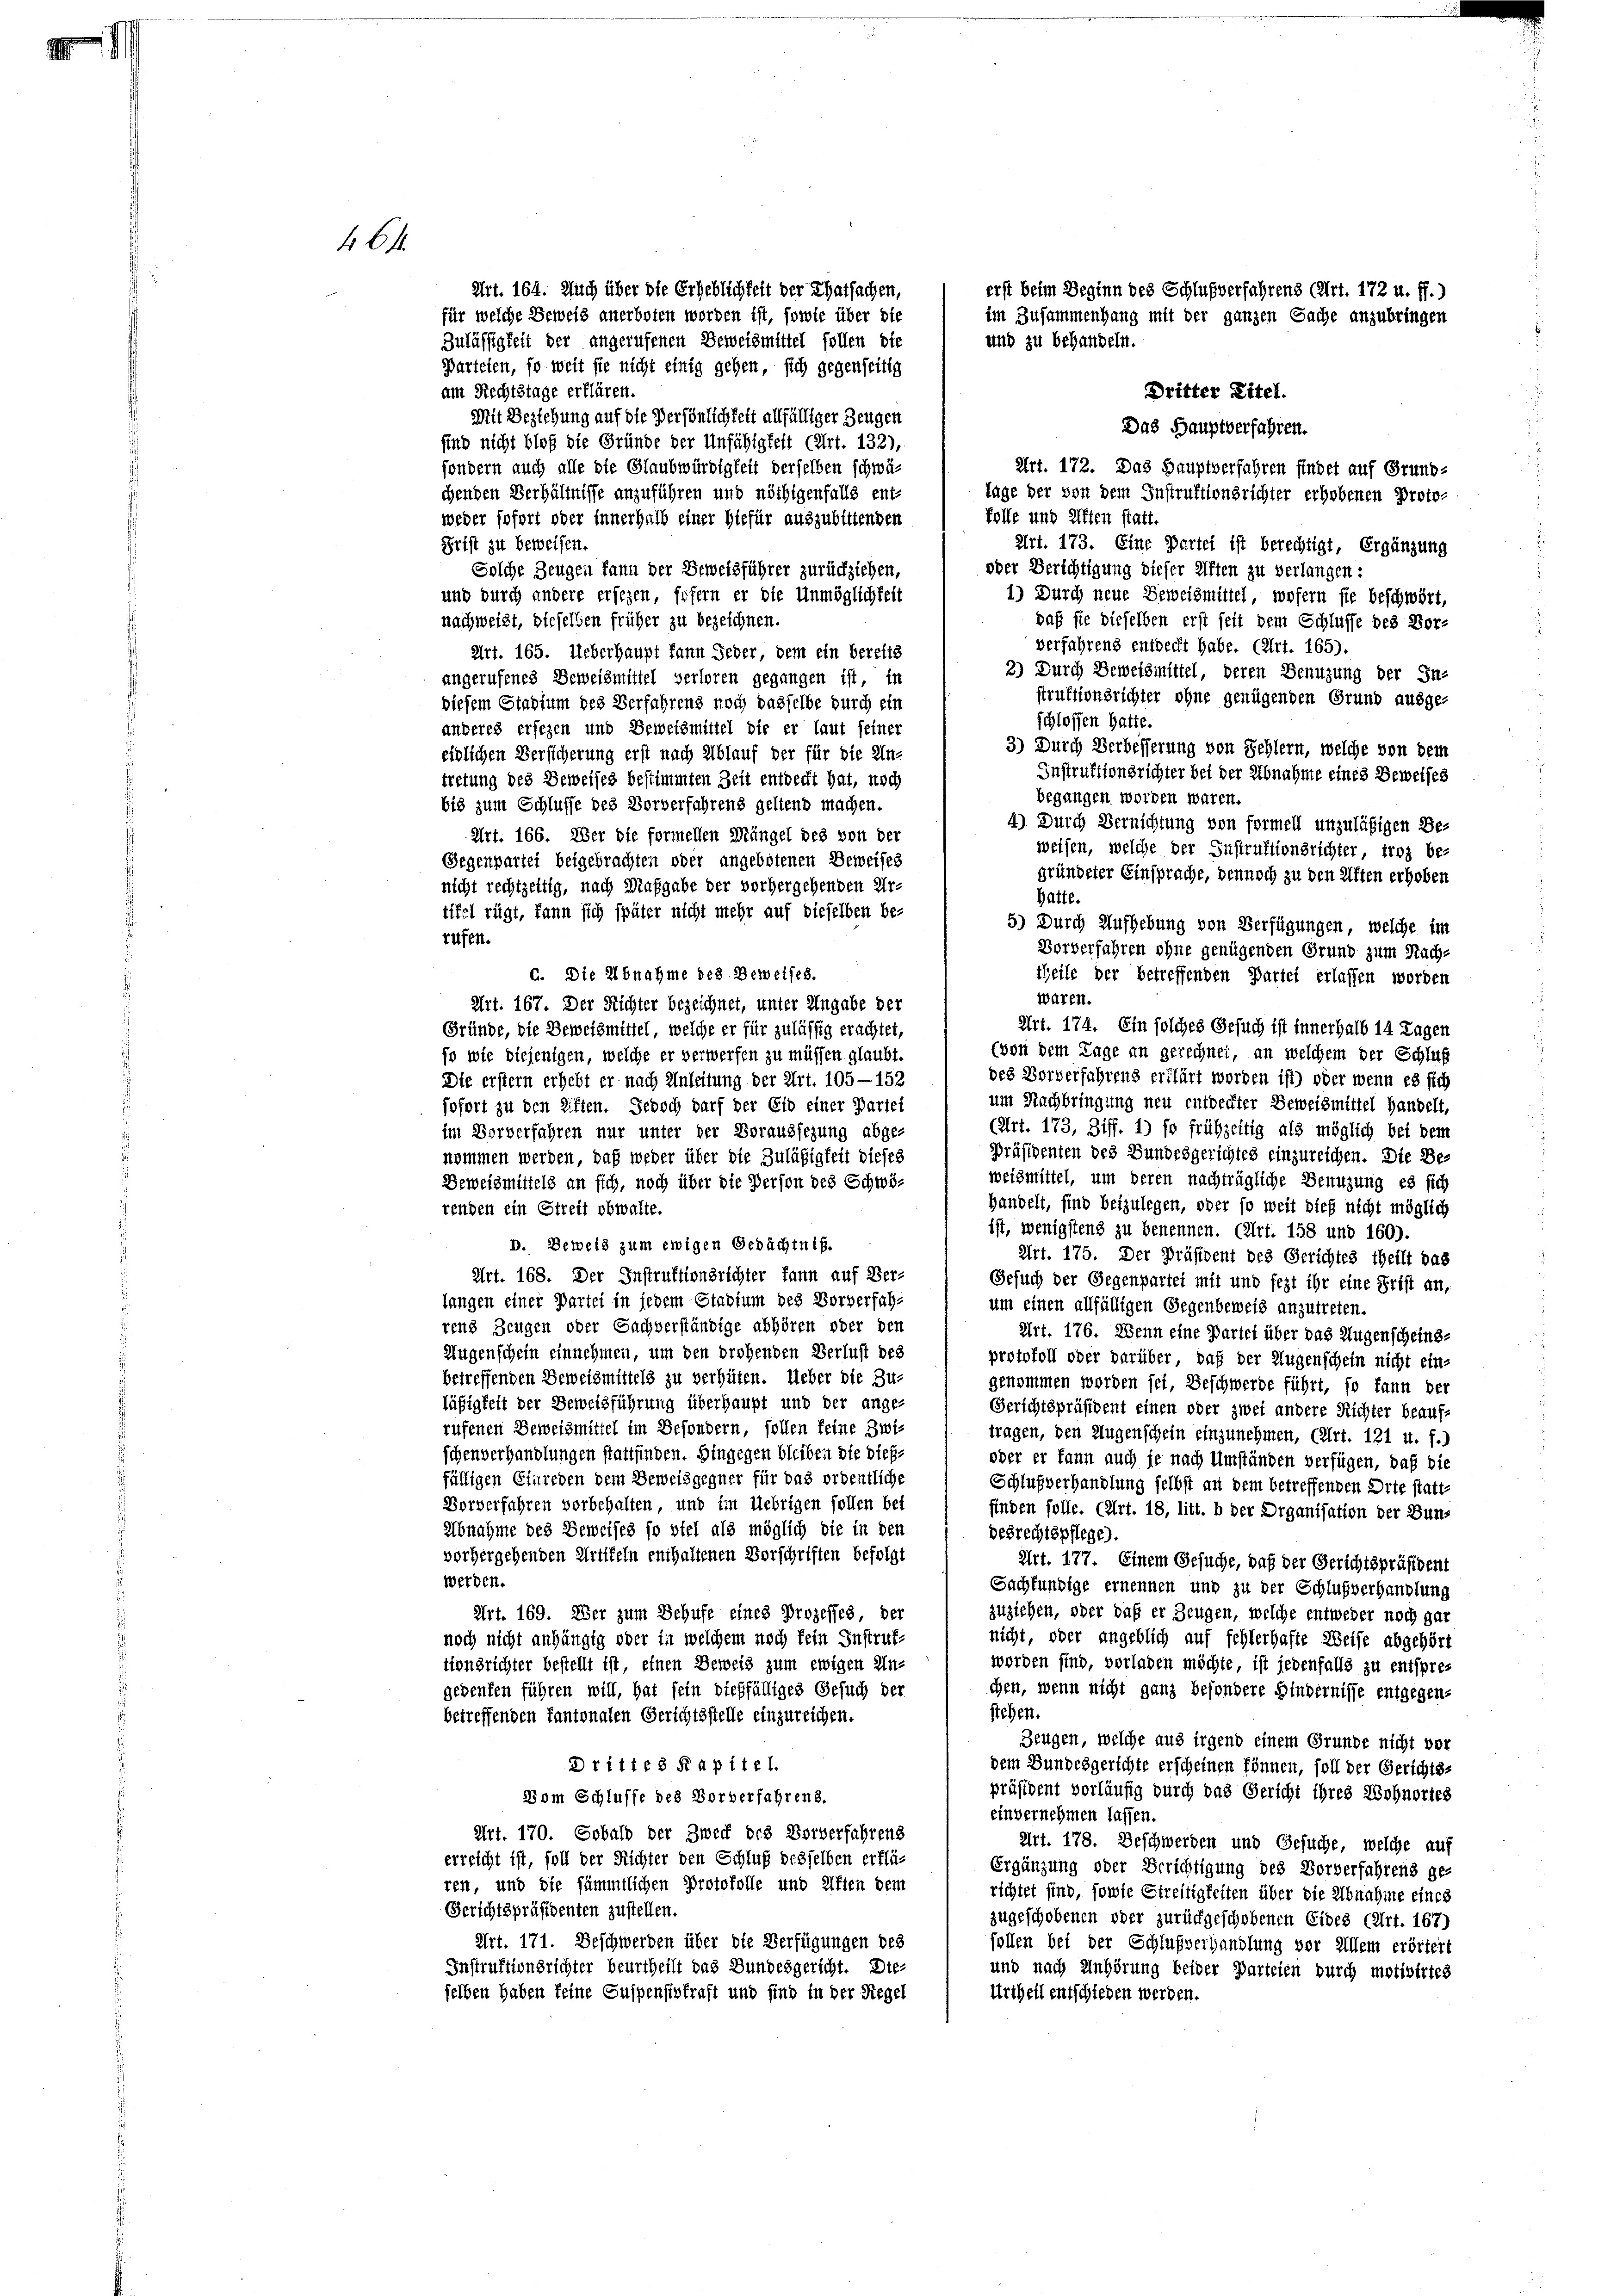
461.

Art. 164. Auch über die Erheblichkeit der Thatsachen,
für welche Beweis anerboten worden ist, sowie über die
Zulässigkeit der angerufenen Beweismittel sollen die
Parteien, so weit sie nicht einig gehen, sich gegenseitig
am Rechtstage erklären.
Mit Beziehung auf die Persönlichkeit allfälliger Zeugen
sind nicht bloß die Gründe der Unfähigkeit (Art. 132),
sondern auch alle die Glaubwürdigkeit derselben schwä-
chenden Verhältnisse anzuführen und nöthigenfalls ent-
Folle und elften statt.
weder sofort oder innerhalb einer Hiefür auszubittenden
Prist zu beweisen.
Art. 173. Eine Partel ist berechtigt, Ergänzung
oder Berichtigung dieser Giften zu verlangen:
Solche Zeugen kann der Beweisführer zurückziehen,
1) Durch neue Beweismittel, wofern sie beschwört,
und durch andere ersezen, sofern er die Unmöglichkeit
daß sie dieselben erst seit dem Schlusse des Bornachweist, dieselben früher zu bezeichnen.
verfahrens entdeckt habe. (Art. 165).
Art. 165. Ueberhaupt kann Jeder, dem ein bereits
2.) Durch Beweismittel, deren Benuzung der In-
angerufenes Beweismittel verloren gegangen ist, in
struktionsrichter ohne genügenden Grund ausge-
diesem Stadium des Verfahrens noch dasfelbe durch ein
schlossen hatte.
anderes ersezen und Beweismittel die er laut seiner
3) Durch Verbesserung von Schlern, welche von dem
eidlichen Versicherung erst nach Ablauf der für die An-
Instruktionsrichter bei der Abnahme eines Beweises
tretung des Beweises bestimmten Zeit entdeckt hat, noch
begangen worden waren.
bis zum Schlusse des Vorverfahrens geltend machen.
4) Durch Vernichtung von formell unzuläßigen Be-
Art. 166. Der die formellen Mängel des von der
weisen, welche der Instruktionsrichter, troz be-
Gegenpartet beigebrachten oder angebotenen Beweises
gründeter Einsprache, dennoch zu den Kiften erhoben
nicht rechtzeitig, nach Maßgabe der vorhergehenden Ur-
hatte.
tifel rügt, kann sich später nicht mehr auf dieselben be-
5.) Durch Aufhebung von Verfügungen, welche im
rufen.
Vorverfahren ohne genügenden Grund zum Nach-
G. Die Abnahme des Beweises.
theile der betreffenden Partei erlassen worden
waren.
Art. 167. Der Richter bezeichnet, unter Ungabe der
Art. 174. Ein solches Gesuch ist innerhalb 14 Tagen
Gründe, die Beweismittel, welche er für zulässig erachtet,
(von dem Tage an gerechnet, an welchem der Schluß
so wie diejenigen, welche er verwerfen zu müssen glaubt.
des Vorverfahrens erklärt worden ist) oder wenn es sich
Die erstern erhebt er nach Anleitung der Art. 105—152
um Nachbringung neu entdeckter Beweismittel handelt,
sofort zu den Litten. Jedoch darf der Eid einer Partei
(Art. 173, Ziff. 1) so frühzeitig als möglich bei dem
im Vorverfahren nur unter der Voraussezung abge-
Präsidenten des Bundesgerichtes einzureichen. Die Be-
nommen werden, daß weder über die Zuläßigkeit dieses
weismittel, um deren nachträgliche Benuzung es sich
Beweismittels an sich, noch über die Person des Schwy¬
Handelt, sind beizulegen, oder so weit dieß nicht möglich
renden ein Streit obwalte.
ist, wenigstens zu benennen. (Art. 158 und 160).
D. Beweis zum ewigen Gedächtniß.
Art. 175. Der Präsident des Gerichtes theilt das
Art. 168. Der Instruktionsrichter kann auf Ver-
Gesuch der Gegenpartei mit und fest ihr eine Frist an,
langen einer Partei in jedem Stadium des Vorverfah-
um einen allfälligen Gegenbeweis anzutreten.
rend Zeugen oder Sachverständige abhören oder den
Art. 176. Wenn eine Partei über das Augenscheins¬
Augenschein einnehmen, um den prohenden Verlust des
protokoll oder darüber, daß der Augenschein nicht ein-
betreffenden Beweismittels zu verhüten. Ueber die Zu-
gekommen worden sei, Beschwerde führt, so kann der
läßigkeit der Beweisführung überhaupt und der ange-
Gerichtspräsident einen oder zwei andere Richter beaufrufenen Beweismittel im Besondern, sollen keine Zwitragen, den Augenschein einzunehmen, (Art. 121 u. f.)
schenverhandlungen stattfinden. Hingegen bleiben die dieß¬
oder er kann auch je nach Umständen verfügen, daß die
fälligen Einreden dem Beweisgegner für das ordentliche
Schlußverhandlung selbst an dem betreffenden Orte statt-
Vorverfahren vorbehalten, und im Uebrigen sollen bei
finden solle. (Art. 18, litt. b der Organisation der Bun¬
Abnahme des Beweises so viel als möglich die in den
desrechtspflege).
vorhergehenden Greifeln enthaltenen Vorschriften befolgt
Art. 177. Einem Gesuche, daß der Gerichtspräsident
werden.
Sachkundige ernennen und zu der Schlußverhandlung
zuziehen, oder daß er Zeugen, welche entweder noch gar
Art. 169. Der zum Behufe eines Prozesses der
nicht, oder angeblich auf fehlerhafte Weise abgehört
noch nicht anhängig oder in welchem noch fein Instrukworden sind, verladen möchte, ist jedenfalls zu entspretionsrichter bestellt ist, einen Beweis zum ewigen Un-
chen, wenn nicht ganz besondere Hindernisse entgegen-
gedenken führen will, hat sein dießfälliges Gesuch der
stehen.
betreffenden Kantonalen Gerichtsstelle einzureichen.
Zeugen, welche aus irgend einem Grunde nicht vor
Drittes Kapitel.
dem Bundesgerichte erscheinen können, soll der Gerichts-
präsident vorläufig durch das Gericht ihres Wohnortes
Vom Schlusse des Vorberfahrens.
einvernehmen lassen.
Art. 170. Sobald der Zweck des Vorverfahrens
Art. 178. Beschwerden und Gesuche, welche auf
erreicht ist, soll der Richter den Schluß desselben erklä¬
Ergänzung oder Berichtigung des Vorverfahrens ge-
ren, und die sämmtlichen Protokolle und Alften dem
richtet sind, sowie Streitigkeiten über die Abnahme eines
Gerichtspräsidenten zustellen.
zugeschobenen oder zurückgeschobenen Eides (Art. 167)
Art. 171. Beschwerden über die Verfügungen des
sollen bei der Schlußverhandlung vor Allem erörtert
Instruktionsrichter beurtheilt das Bundesgericht. Die-
und nach Anhörung beider Parteien durch motivirtes
selben haben keine Suspensivkraft und sind in der Riegel
Urtheil entschieden werden.

erst beim Beginn des Schlußverfahrens (Art. 172 u. ff.)
im Zusammenhang mit der ganzen Sache anzubringen
und zu behandeln.
Dritter Zitel.
Das Hauptverfahren.
Art. 172. Das Hauptverfahren findet auf Grund-
lage der von dem Instruktionsrichter erhobenen Proto¬